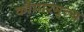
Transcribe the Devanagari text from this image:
कौमारमृत्य